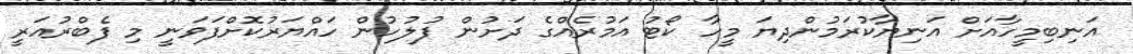
އަނިބިމީހާއަށް އަނިޔާކުރަމުންދިޔަ މީހާ ކޯޓު އަމުރެއްގެ ދަށުން ފުލުހުން ހައްޔަރުކޮށްފަވަނީ މި ފެބްރުއަރީ